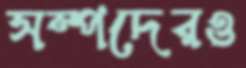
সম্পদেরও